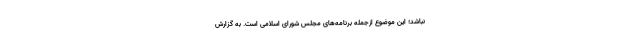
نباشد؛ این موضوع ازجمله برنامه‌های مجلس شورای اسلامی است. به گزارش